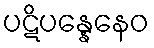
ပဋိပန္နေနေဝ